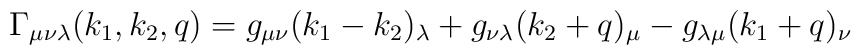
\Gamma _{\mu \nu \lambda }(k_1,k_2,q)=g_{\mu \nu }(k_1-k_2)_\lambda +g_{\nu\lambda }(k_2+q)_\mu -g_{\lambda \mu }(k_1+q)_\nu